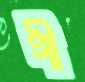
গী